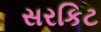
સરકિટ